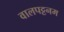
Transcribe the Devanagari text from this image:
वालपट्टनम